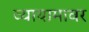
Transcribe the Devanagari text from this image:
व्यायामावर